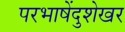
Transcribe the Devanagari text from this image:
परभाषेंदुशेखर